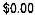
$0.00